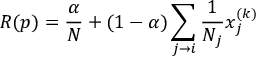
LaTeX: R { ( p ) } = { \frac { \alpha } { N } } + ( 1 - \alpha ) \sum _ { j \rightarrow i } { \frac { 1 } { N _ { j } } } x _ { j } ^ { ( k ) }